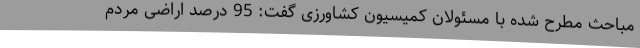
مباحث مطرح شده با مسئولان کمیسیون کشاورزی گفت: 95 درصد اراضی مردم